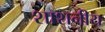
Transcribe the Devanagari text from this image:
शाशनीय